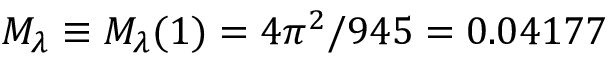
M _ { \lambda } \equiv M _ { \lambda } ( 1 ) = 4 \pi ^ { 2 } / 9 4 5 = 0 . 0 4 1 7 7